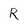
Character: R